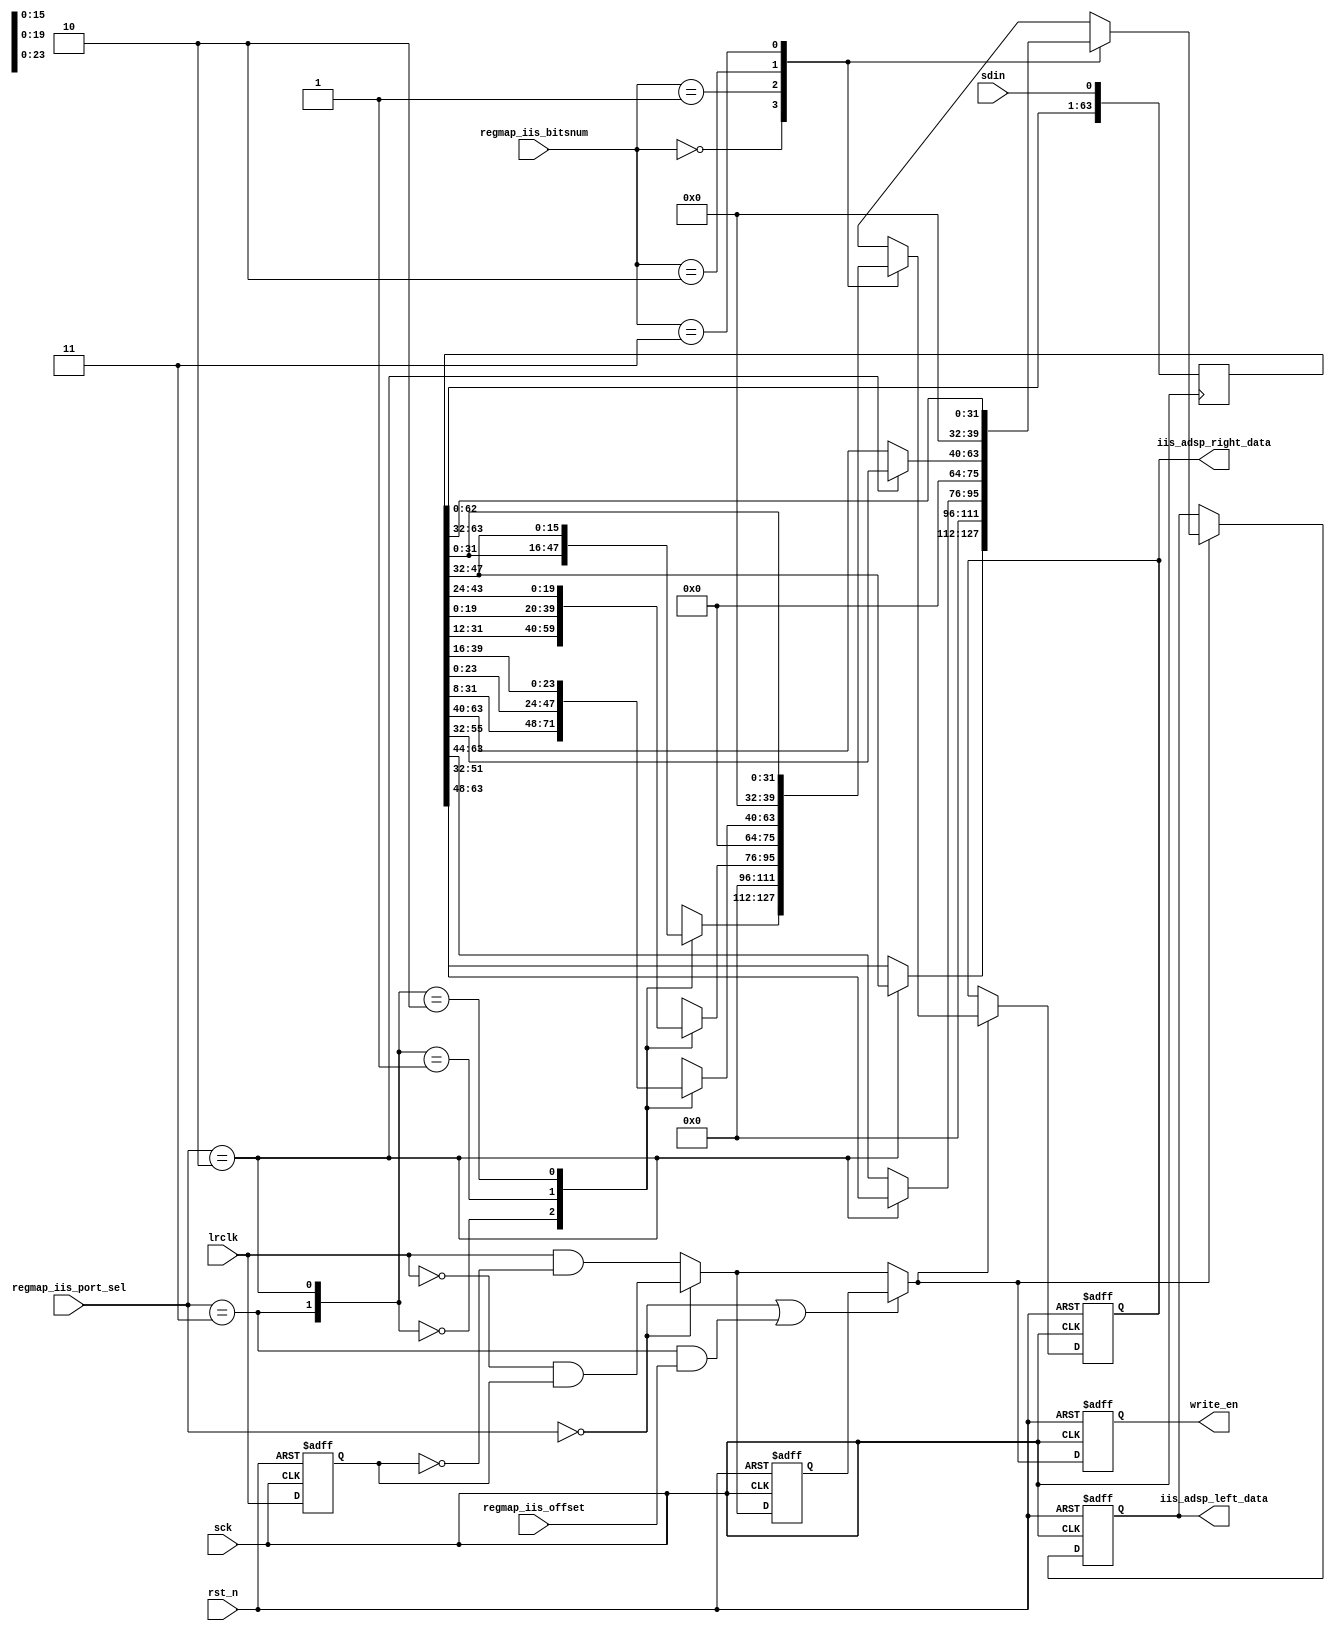
module async_iis_port (
    // i2s interface
    sck,
    sdin,
    lrclk,
    rst_n,
    // config from register map
    regmap_iis_bitsnum,
    regmap_iis_port_sel,
    regmap_iis_offset,

    // port to ADSP
    write_en,
    iis_adsp_left_data,
    iis_adsp_right_data
) ;

input              sck;
input              sdin;
input              lrclk;
input              rst_n;
input  [1:0]       regmap_iis_bitsnum;
input  [1:0]       regmap_iis_port_sel;
input              regmap_iis_offset;
output [31:0]      iis_adsp_left_data;
output [31:0]      iis_adsp_right_data;
output             write_en;

wire               port_iis;
wire               port_lj;
wire               port_rj;
wire               port_tdm;
wire               lrclk_rise_edge;
wire               lrclk_fall_edge;
wire               lrclk_final_edge;
wire               offset_en;
wire               out_en;
reg    [31:0]      left_databits;
reg    [31:0]      right_databits;
wire   [31:0]      left_data32;
wire   [23:0]      left_data24;
wire   [19:0]      left_data20;
wire   [15:0]      left_data16;
wire   [31:0]      right_data32;
reg    [23:0]      right_data24;
reg    [19:0]      right_data20;
reg    [15:0]      right_data16;
reg    [31:0]      iis_adsp_left_data;
reg    [31:0]      iis_adsp_right_data;
reg                lrclk_d1;
reg                write_en;
reg                final_edge_d1;
reg    [63:0]      data_shift;

parameter IIS = 2'd0;
parameter LEFT_JUST = 2'd1;
parameter RIGHT_JUST = 2'd2;
parameter TDM = 2'd3;

//------------------------------------------------------
//                     main logic
//------------------------------------------------------
always @ (posedge sck) begin
    data_shift[63:0] <= {data_shift[62:0], sdin};
end

assign port_iis = (regmap_iis_port_sel == IIS);
assign port_lj = (regmap_iis_port_sel == LEFT_JUST);
assign port_rj = (regmap_iis_port_sel == RIGHT_JUST);
assign port_tdm = (regmap_iis_port_sel == TDM);

always @(posedge sck or negedge rst_n) begin
    if (!rst_n) begin
        lrclk_d1 <= 1'b0;
        final_edge_d1 <= 1'b0;
    end
    else begin
        lrclk_d1 <= lrclk;
        final_edge_d1 <= lrclk_final_edge;
    end
end
assign lrclk_rise_edge = lrclk && !lrclk_d1;
assign lrclk_fall_edge = !lrclk && lrclk_d1;
assign lrclk_final_edge = port_iis ? lrclk_fall_edge : lrclk_rise_edge;

assign offset_en = port_iis || port_tdm && regmap_iis_offset;
assign out_en = offset_en ? final_edge_d1 : lrclk_final_edge;

assign left_data32[31:0] = data_shift[63:32];
assign left_data24[23:0] = port_rj ? data_shift[55:32] : data_shift[63:40];
assign left_data20[19:0] = port_rj ? data_shift[51:32] : data_shift[63:44];
assign left_data16[15:0] = port_rj ? data_shift[47:32] : data_shift[63:48];
assign right_data32[31:0] = data_shift[31:0];

always @(*) begin
    case({port_tdm, port_rj})
        2'b00: begin
            right_data24 = data_shift[31:8];
            right_data20 = data_shift[31:12];
            right_data16 = data_shift[31:16];
        end
        2'b01: begin
            right_data24 = data_shift[23:0];
            right_data20 = data_shift[19:0];
            right_data16 = data_shift[15:0];
        end
        2'b10: begin
            right_data24 = data_shift[39:16];
            right_data20 = data_shift[43:24];
            right_data16 = data_shift[47:32];
        end
        default: begin
            right_data24 = 24'bx;
            right_data20 = 20'bx;
            right_data16 = 16'bx;
        end
    endcase
end

always @(*) begin
    case(regmap_iis_bitsnum)
        2'b00: begin
            right_databits = {right_data16, 16'b0};
            left_databits = {left_data16, 16'b0};
        end
        2'b01: begin
            right_databits = {right_data20, 12'b0};
            left_databits = {left_data20, 12'b0};
        end
        2'b10: begin
            right_databits = {right_data24, 8'b0};
            left_databits = {left_data24, 8'b0};
        end
        2'b11: begin
            right_databits = right_data32;
            left_databits = left_data32;
        end
    endcase
end

always @(posedge sck or negedge rst_n) begin
    if (!rst_n) begin
        iis_adsp_left_data <= 32'b0;
        iis_adsp_right_data <= 32'b0;
    end
    else if (out_en) begin
        iis_adsp_left_data <= left_databits;
        iis_adsp_right_data <= right_databits;
    end
    else begin
        iis_adsp_left_data <= iis_adsp_left_data;
        iis_adsp_right_data <= iis_adsp_right_data;
    end
end

always @(posedge sck or negedge rst_n) begin
    if (!rst_n)
        write_en <= 1'b0;
    else 
        write_en <= out_en;
end

endmodule